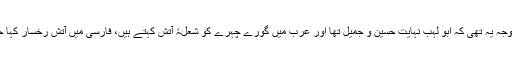
اس کی وجہ یہ تھی کہ ابو لہب نہایت حسین و جمیل تھا اور عرب میں گورے چہرے کو شعلۂ آتش کہتے ہیں، فارسی میں آتشِ رخسار کہا جاتا ہے۔